Indian Medical Review
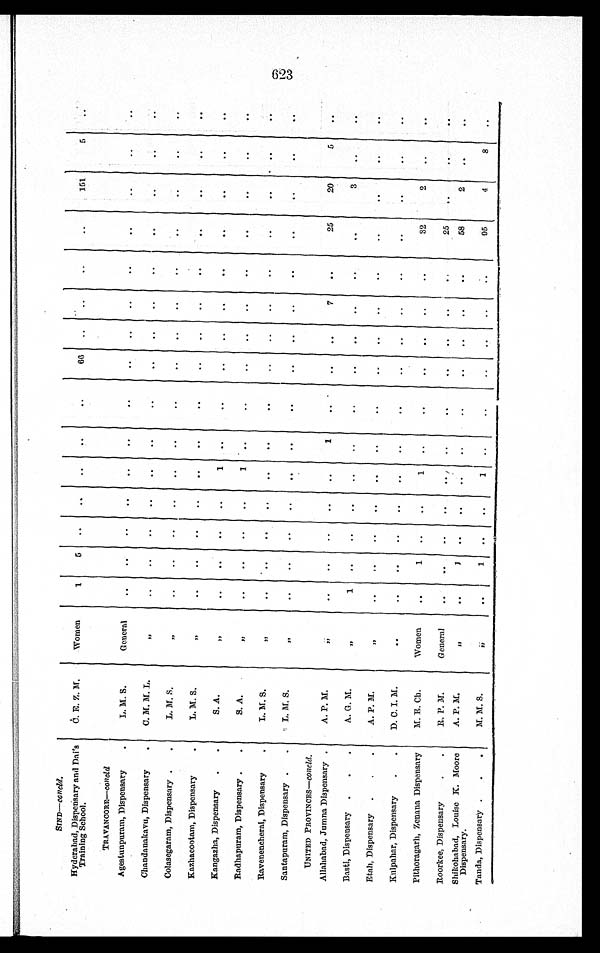
SIND—concld.
Hyderabad, Dispensary and Dai's
Training School.
C. E. Z. M.
Women
1
5
66
151
5
TRAVANCORE—c o n c l d
Agestunpuram, Dispensary
L. M. S.
General
Chandanakavu, Dispensary
C. M. M. L.
,,
Colasegaram, Dispensary
L. M. S.
,,
Kazhacootam, Dispensary
L. M. S.
,,
Kangazha, Dispensary
S. A.
,,
1
Radhapuram, Dispensary
S. A.
,,
1
Ravenencherai, Dispensary
L. M. S.
,,
Santapuram, Dispensary
L. M. S.
,,
UNITED PROVINCES—concld.
Allahabad, Jumna Dispensary
A. P. M.
,,
1
7
25
20
Basti, Dispensary
A. G. M.
,,
1
3
Etah, Dispensary
A. P. M.
,,
Kulpahar, Dispensary
D. C. I. M.
Pithoragarh, Zenana Dispensary
M. E. Ch.
Women
1
1
32
2
R o o r k e e , D i s p e n s a r y
R. P. M.
General
25
Shikohabad, Louise K. Moore
Dispensary.
A. P. M.
,,
58
2
Tanda, Dispensary
M. M. S.
,,
1
1
95
4
8